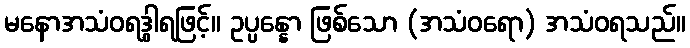
မနောအသံဝရဒွါရဖြင့်။ ဥပ္ပန္နော ဖြစ်သော (အသံဝရော) အသံဝရသည်။